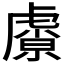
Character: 𬟮